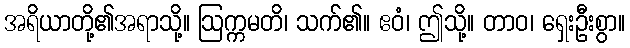
အရိယာတို့၏အရာသို့။ ဩက္ကမတိ၊ သက်၏။ ဧဝံ၊ ဤသို့။ တာဝ၊ ရှေးဦးစွာ။